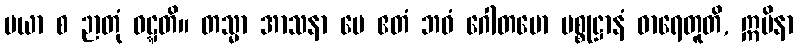
မယာ စ ဉာတုံ ဝဋ္ဋတိ။ တသ္မာ အာသနာ မေ ဧတံ ဘဝံ ဂေါတမော ပစ္စုဋ္ဌာနံ ဓာရေတူတိ, ဣမိနာ